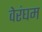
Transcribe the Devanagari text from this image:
वेरंघम